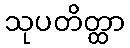
သုပတိတ္ထာ